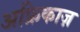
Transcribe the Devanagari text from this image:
अफ्रिकाज़